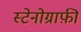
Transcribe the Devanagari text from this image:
स्टेनोग्राफ़ी